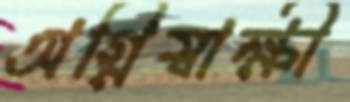
অগ্নিস্বাক্ষী